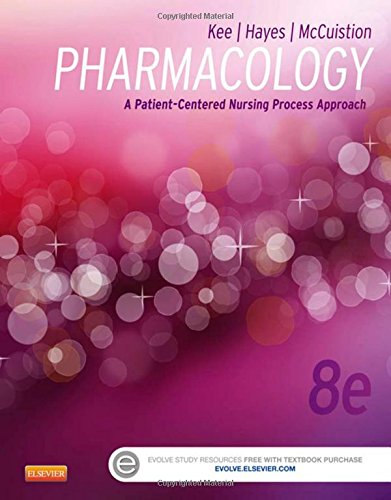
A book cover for Pharmacology: A Patient-Centered Nursing Process Approach, 8e (Kee, Pharmacology); Linda E. McCuistion PhD  RN  ANP  CNS; Medical Books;